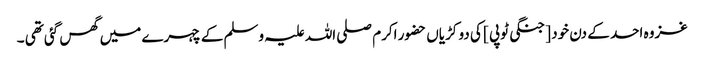
غزوہ احد کے دن خود [ جنگی ٹوپی ] کی دو کڑیاں حضور اکرم صلی اللہ علیہ وسلم کے چہرے میں گھس گئی تھی ۔